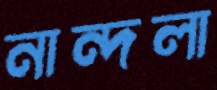
নান্দলা